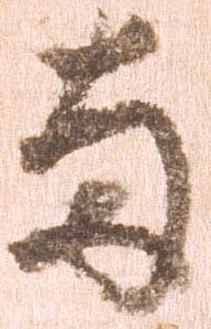
両